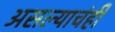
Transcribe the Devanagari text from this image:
असल्याचंही